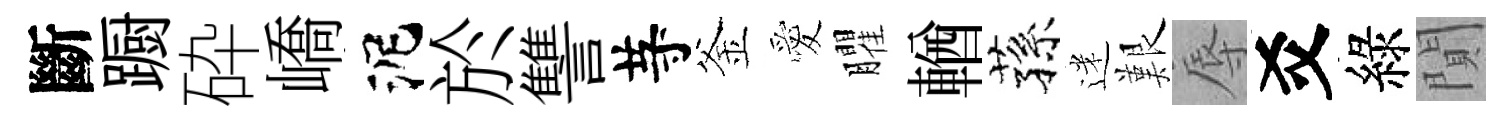
斷蹰砕嶠泥於讐䒭釜愛臞輶蓀迷艱辱爻綠閴